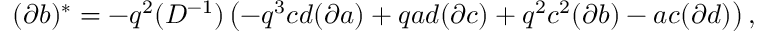
( \partial b ) ^ { * } = - q ^ { 2 } ( D ^ { - 1 } ) \left( - q ^ { 3 } c d ( \partial a ) + q a d ( \partial c ) + q ^ { 2 } c ^ { 2 } ( \partial b ) - a c ( \partial d ) \right) ,